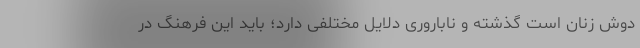
دوش زنان است گذشته و ناباروری دلایل مختلفی دارد؛ باید این فرهنگ در